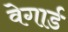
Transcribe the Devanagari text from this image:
वेगार्ड